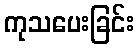
ကုသပေးခြင်း